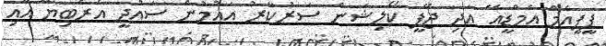
ޕީޕީއެމް އެމްޑީއޭ އަދި ޖޭޕީ ކޯލިޝަން ސަރުކާރު އައުމުން ސައުދީ އެރެބިޔާ އާއި